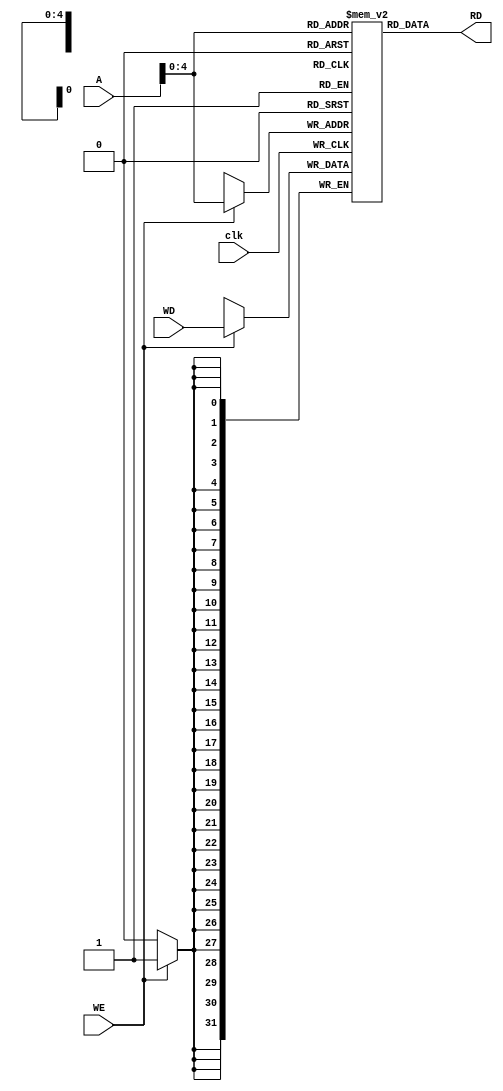
module data_mem(clk,WE,WD,A,RD);
	input clk,WE;
	input [31:0] WD;
	input [31:0] A;
	output reg [31:0] RD;
	reg [31:0] data[31:0];

initial
	begin
		data[0]=32'b00000000000000000000000000000110;
		data[1]=32'b00000000000000000000000000000111;
		data[2]=32'b00000000000000000000000000000100;
		data[3]=32'b00000000000000000000000000000100;
		data[4]=32'b00000000000000000000000000110000;
		data[5]=32'b00000000000000000000000000001100;
		data[6]=32'b00000000000000000000000000000010;
		data[7]=32'b00000000000000000000000000000000;
		data[8]=32'b00000000000000000000000000000000;
		data[9]=32'b00000000000000000000000000000000;
		data[10]=32'b00000000000000000000000000000000;
		data[11]=32'b00000000000000000000000000000000;
		data[12]=32'b00000000000000000000000000000000;
		data[13]=32'b00000000000000000000000000000000;
		data[14]=32'b00000000000000000000000000000000;
		data[15]=32'b00000000000000000000000000000000;
		data[16]=32'b00000000000000000000000000000000;
		data[17]=32'b00000000000000000000000000000000;
		data[18]=32'b00000000000000000000000000000000;
		data[19]=32'b00000000000000000000000000000000;
		data[20]=32'b00000000000000000000000000000000;
		data[21]=32'b00000000000000000000000000000000;
		data[22]=32'b00000000000000000000000000000000;
		data[23]=32'b00000000000000000000000000000000;
		data[24]=32'b00000000000000000000000000000000;
		data[25]=32'b00000000000000000000000000000000;
		data[26]=32'b00000000000000000000000000000000;
		data[27]=32'b00000000000000000000000000000000;
		data[28]=32'b00000000000000000000000000000000;
		data[29]=32'b00000000000000000000000000000000;
		data[30]=32'b00000000000000000000000000000000;
		data[31]=32'b00000000000000000000000000000000;
	end
	

	
	always @(posedge clk)
		begin
			if(WE)
				begin
					data[A] = WD;
				end
		end

	always @(*)begin
		RD=data[A];
	end
	
endmodule